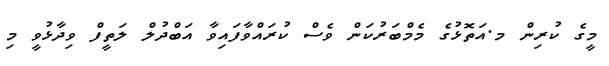
މީގެ ކުރިން މ.އަތޮޅުގެ މެމްބަރުކަން ވެސް ކުރައްވާފައިވާ އަބްދުލް ލަތީފް ވިދާޅުވީ މި